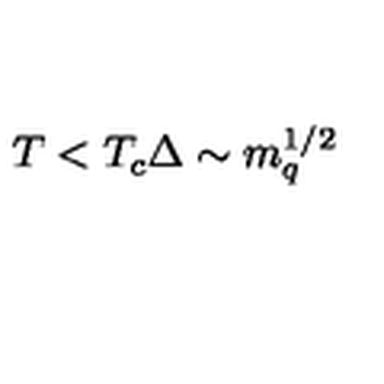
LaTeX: T < T _ { c } \Delta \sim m _ { q } ^ { 1 / 2 }